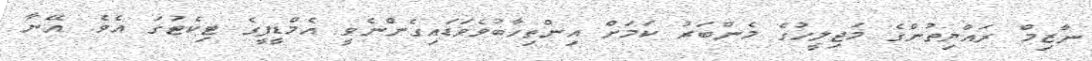
ނާޒިމް ރައްޔިތުންގެ މަޖިލީހުގެ މެންބަރު ކަމަށް އިންތިހާބުވެވަޑައިގެންނެވީ އެމްޑީޕީގެ ޓިކެޓުގަ އެވެ. އޭނާ